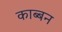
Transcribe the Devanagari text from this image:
काब्बन